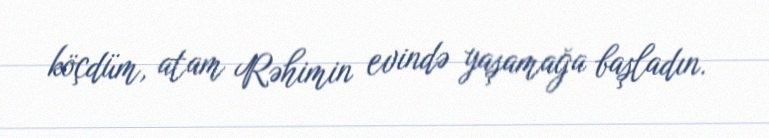
köçdüm, atam Rəhimin evində yaşamağa başladın.